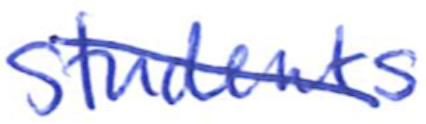
Text: students
Cross-out: diagonal
Writing tool: ballpoint